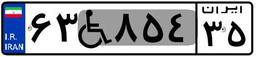
۷۶W۷۵۷۷۰